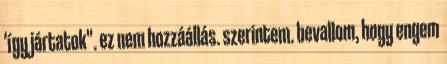
'így jártatok". ez nem hozzáállás. szerintem. bevallom, hogy engem